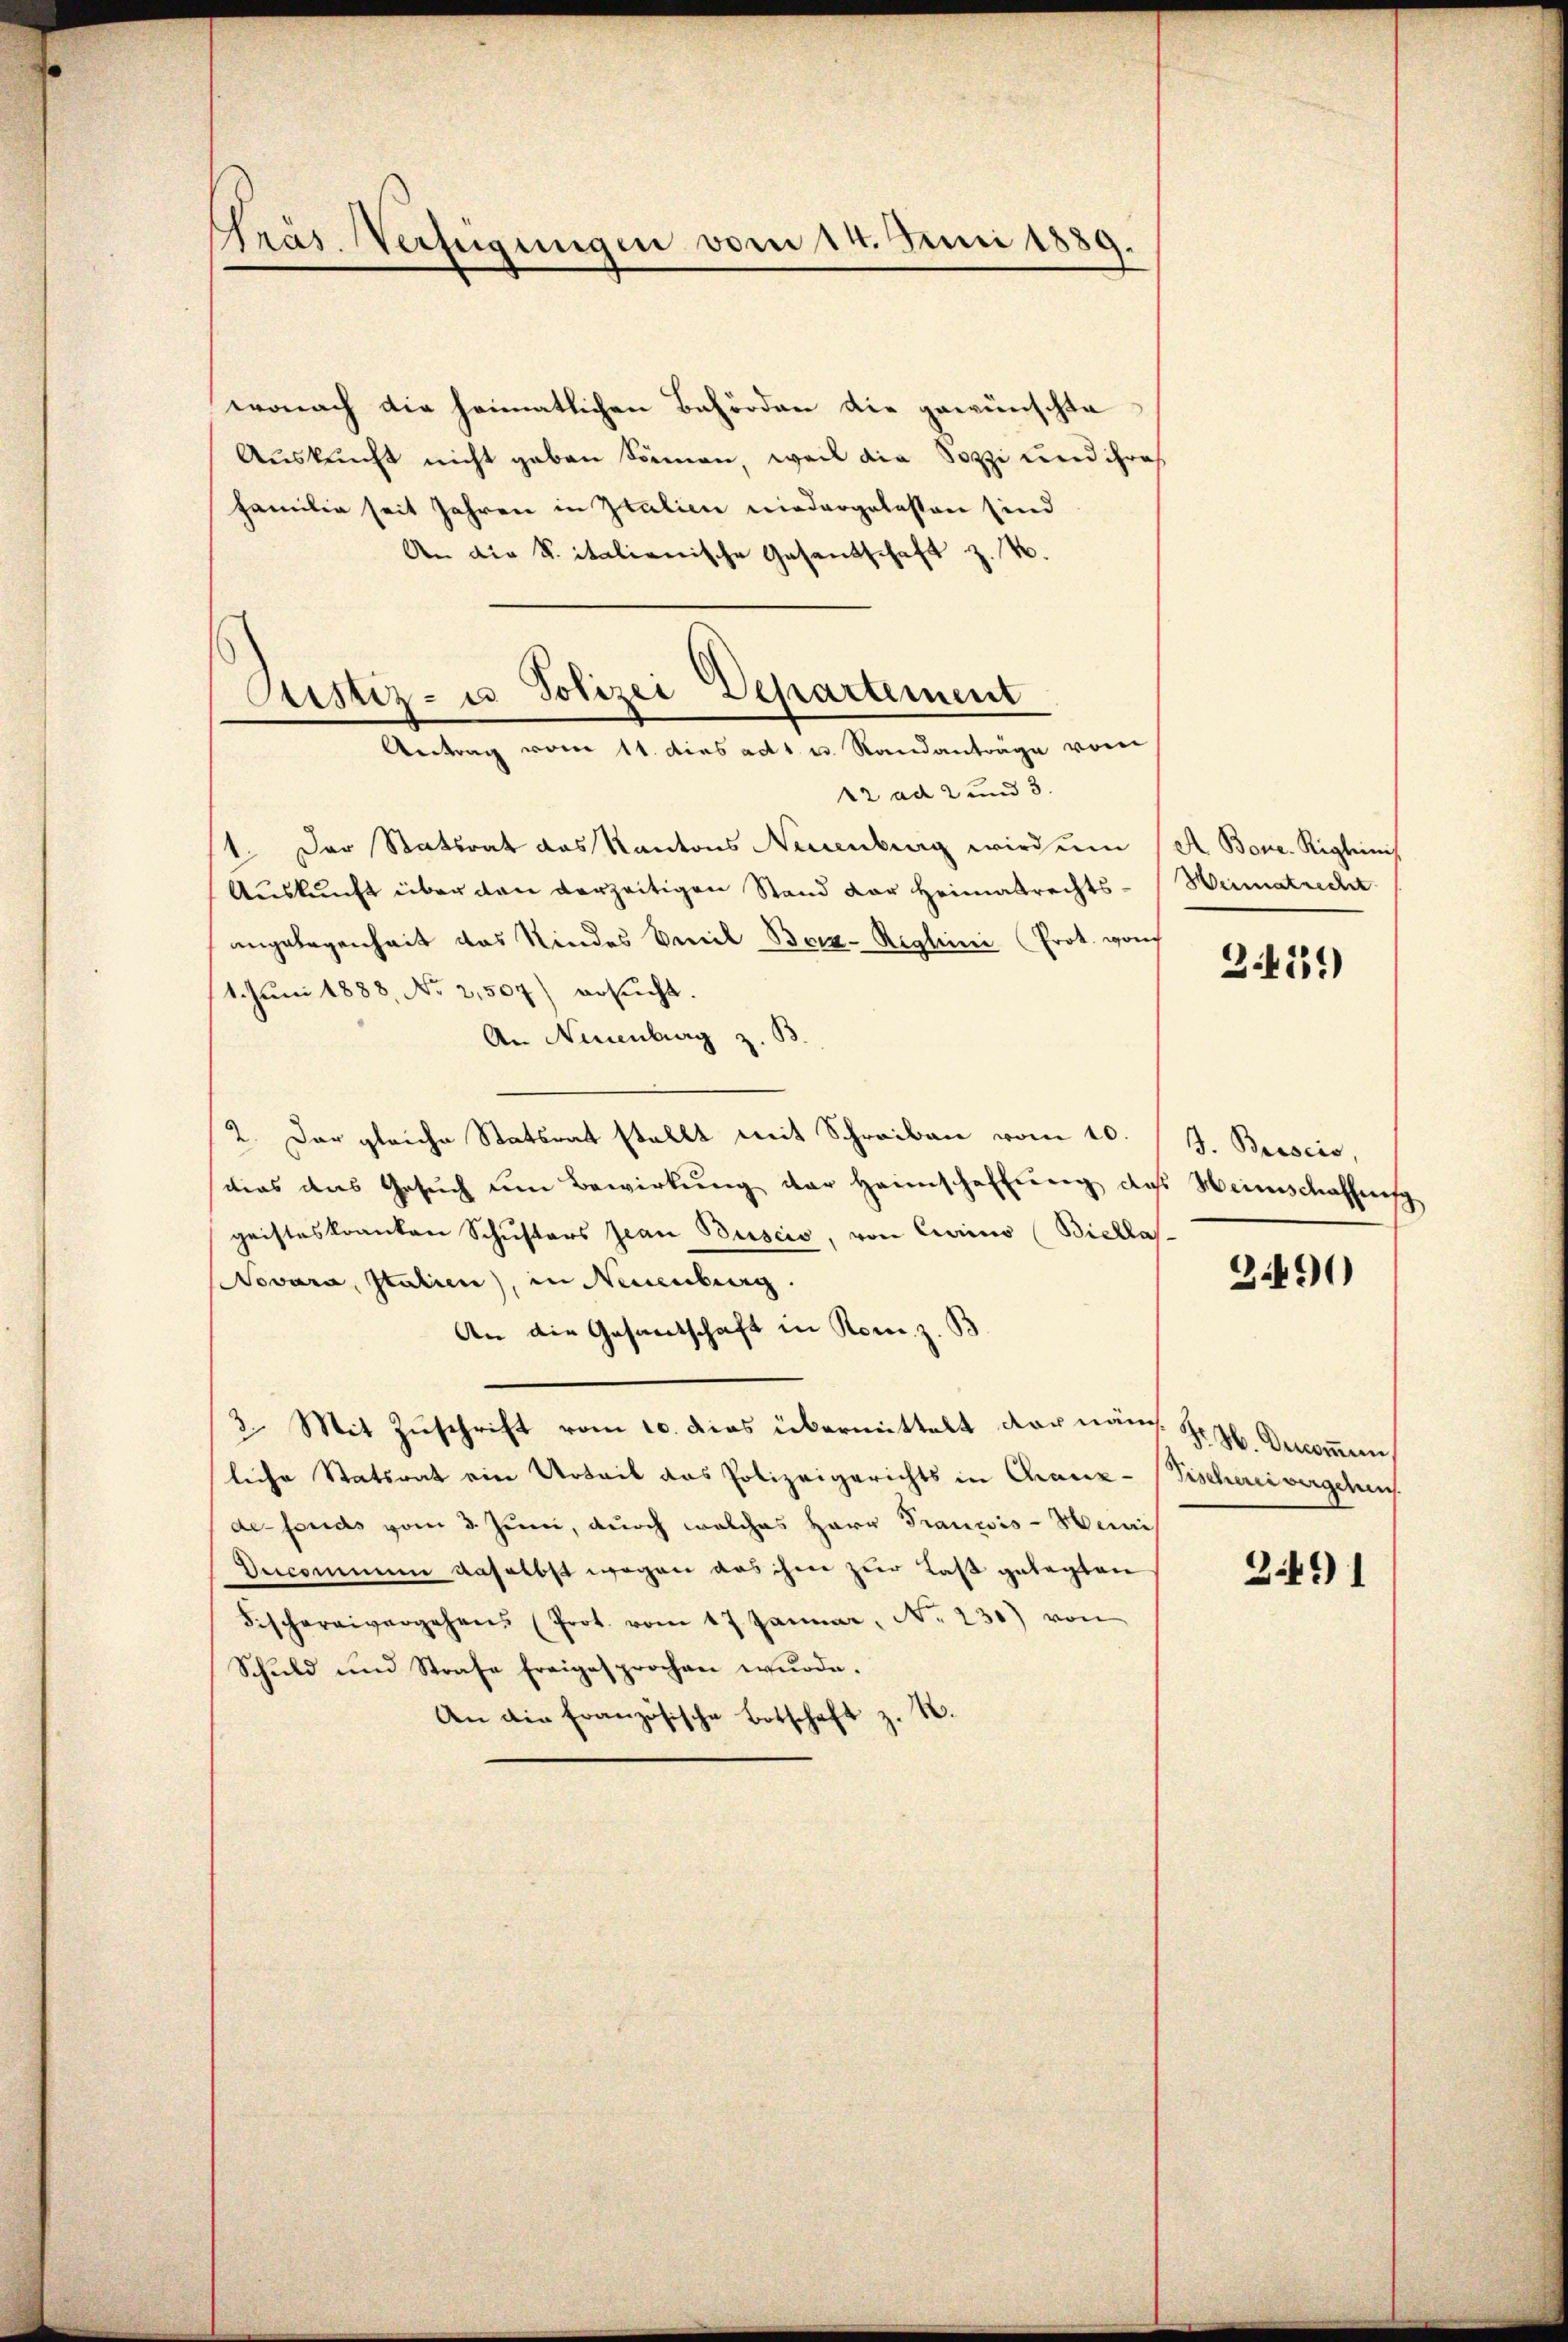
Präs. Verfügungen vom 14. Juni 1889.

wonach die heimatlichen Behörden die gewünschte
Auskunft nicht geben können, weil die Sozzi und ihres
Familie seit Jahren in Italien niedergelassen sind
An die S. italienische Gesandschaft z. B.
22 ad 2 und 3.
1. Der Statsrat das Kantons Neuenburg wird ŭm (A. Bone. Riglinis
Auskunft über den verzeitigen Stand der Heimatrechts-
angelegenheit das Kindes Emil Bora-Reglini (Prot. vorch
1. Juni 1888, No 2,507) ersucht.
An Neuenburg z. B
2. Der gleiche Statsrat stellt mit Schreiben vom 10.
dias das Gesuch um Bewirkung der Heimschaffung daß Heimschaffung
geisteskranken Schusters Jean Buscio, von Curiis (Biellas-
Novara, Italien), in Neuenburg.
An die Gesandschaft in Rom z. B
3. Mit Zuschrift vom 10. dies übermittelt der näme. Hr. H. Decommun
liche Statsrat ein Urteil das Polizeigerichts in Chaux-Vischerei vergehens.
de-fonds vom 3. Juni, durch welches Herr Trauwis-Werni
Decommen daselbst wegen das ihm zur Last gelegten
Fischereivergehens (Prot. vom 17. Januar, N. 230) von
Schuld und Strafe freigesprochen wŭrde.
An die Französische Botschaft z. B.

Justiz- u Polizei Departement
Antrag vom 11. dies ad 1. u. Standanträge vom

Heimatrecht

2.471)

J. Broscio,

2.490

2491